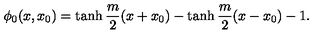
\phi _ { 0 } ( x , x _ { 0 } ) = \tanh \frac { m } { 2 } ( x + x _ { 0 } ) - \tanh \frac { m } { 2 } ( x - x _ { 0 } ) - 1 .